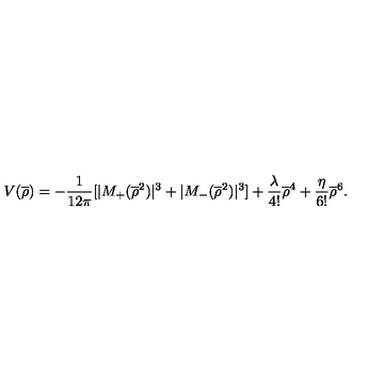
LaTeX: V ( \overline { { \rho } } ) = - \frac { 1 } { 1 2 \pi } [ | M _ { + } ( \overline { { \rho } } ^ { 2 } ) | ^ { 3 } + | M _ { - } ( \overline { { \rho } } ^ { 2 } ) | ^ { 3 } ] + \frac { \lambda } { 4 ! } \overline { { \rho } } ^ { 4 } + \frac { \eta } { 6 ! } \overline { { \rho } } ^ { 6 } .